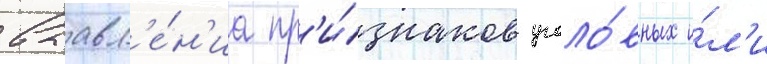
выавл'е́н'иа пр'и́знаков уголо́вных и́л'и